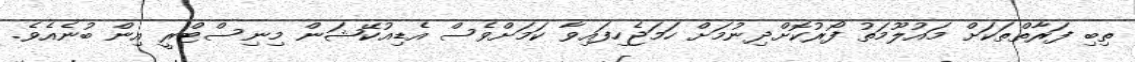
ތިބި ފަރާތްތަކަށް މައުލޫމަތު ފޯރުކޮށްދިނުމަށް ހަމަޖެހިފައިވާ ކަމަށްވެސް އެޑިއުކޭޝަން މިނިސްޓްރީ އިން ބުނެއެވެ.